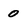
Character: 0